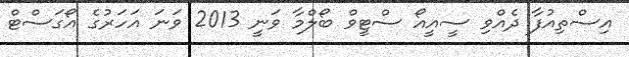
އިސްތިއުފާ ދެއްވި ސީއީއޯ ސްޓީވް ބޯލްމާ ވަނީ 2013 ވަނަ އަހަރުގެ އޯގަސްޓް